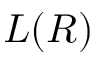
L ( R )